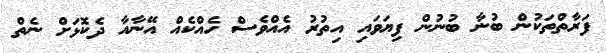
ފަރާތްތަކުން ބުނާ ބުނުން ފިޔަވައި އިތުރު އެއްވެސް ހެއްކެއް އޭނާއާ ދެކޮޅަށް ނެތް